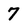
Character: 7